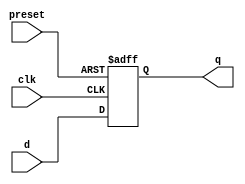
module dff_async_preset (
    input wire clk,
    input wire preset,
    input wire d,
    output reg q
);

always @(posedge clk or posedge preset)
begin
    if (preset)
        q <= 1'b1; // Initialize to 1 if preset is active
    else
        q <= d; // Store input value on rising edge of clock
end

endmodule